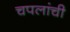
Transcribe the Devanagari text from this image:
चपलांची